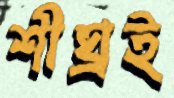
শীঘ্রই